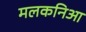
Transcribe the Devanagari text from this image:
मलकनिआ